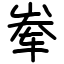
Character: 𪨶